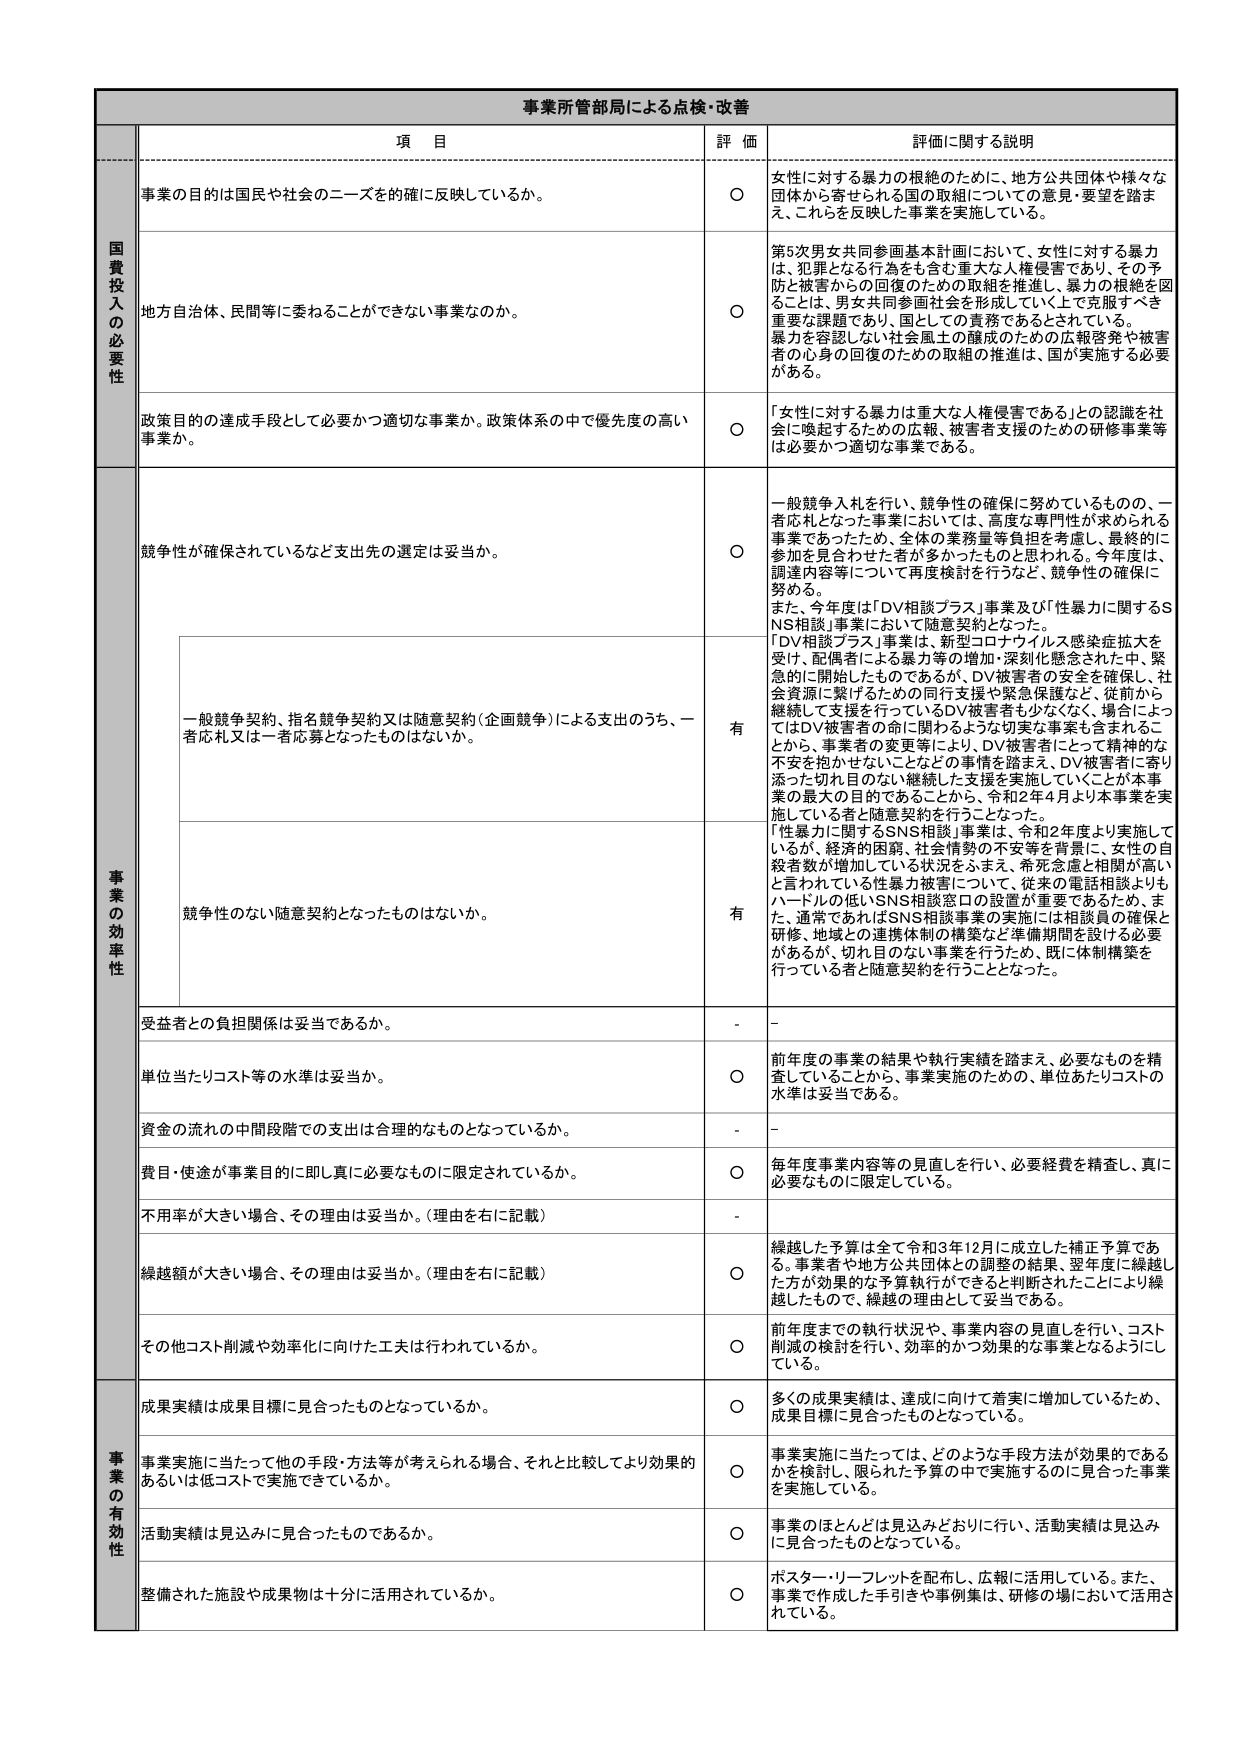
事業所管部局による点検・改善

項 目 評 価 評価に関する説明

国費投入の必要性
事業の目的は国民や社会のニーズを確に反映しているか。
〇 女性に対する暴力の根絶のために、地方公共団体や様々な団体から寄せられる国の取組についての意見・要望を踏まえ、これらを反映した事業を実施している。

地方自治体、民間等に委ねることができない事業なのか。
〇 第5次男女共同参画基本計画において、女性に対する暴力は、犯罪となる行為をも含む重大な人権侵害であり、その予防と被害からの回復のための取組を推進し、暴力の根絶を図ることは、男女共同参画社会を形成していく上で克服すべき重要な課題であり、国としての責務であるとされている。暴力を容認しない社会風土の醸成のための広報啓発や被害者の心身の回復のための取組の推進は、国が実施する必要がある。

政策目的の達成手段として必要かつ適切な事業か。政策体系の中で優先度の高い事業か。
〇 「女性に対する暴力は重大な人権侵害である」との認識を社会に喚起するための広報、被害者支援のための研修事業等は必要かつ適切な事業である。

事業の効率性
競争性が確保されているなど支出先の選定は妥当か。
〇 一般競争入札を行い、競争性の確保に努めているものの、一者応札となった事業においては、高度な専門性が求められる事業であったため、全体の業務量等負担を考慮し、最終的に参加を具合わせた者が多かったものと思われる。今年度は、調達内容等について再度検討を行うなど、競争性の確保に努める。
また、今年度は「DV相談プラス」事業及び「性暴力に関するSNS相談」事業において随意契約となった。
「DV相談プラス」事業は、新型コロナウイルス感染症拡大を受け、配偶者による暴力等の増加・深刻化懸念された中、緊急的に開始したものであるが、DV被害者の安全を確保し、社会資源に繋げるための同行支援や緊急保護など、従前から継続して支援を行っているDV被害者も少なくなく、場合によってはDV被害者の命に関わるような切実な事案も含まれることから、事業者の変更等により、DV被害者にとって精神的な不安を抱かせないことなどの事情を踏まえ、DV被害者に寄り添った切れ目のない継続した支援を実施していくことが本事業の最大の目的であることから、令和2年4月より本事業を実施している者と随意契約を行うこととなった。
「性暴力に関するSNS相談」事業は、令和2年度より実施しているが、経済的困窮、社会情勢の不安等を背景に、女性の自殺者数が増加している状況をふまえ、希死念慮と相関が高いと言われている性暴力被害について、従来の電話相談よりもハードルの低いSNS相談窓口の設置が重要であるため、また、通常であればSNS相談事業の実施には相談員の確保と研修、地域との連携体制の構築など準備期間を設ける必要があるが、切れ目のない事業を行うため、既に体制構築を行っている者と随意契約を行うこととなった。

一般競争契約、指名競争契約又は随意契約（企画競争）による支出のうち、一者応札又は一者応募となったものはないか。
有

競争性のない随意契約となったものはないか。
有

受益者との負担関係は妥当であるか。
- -

単位当たりコスト等の水準は妥当か。
〇 前年度の事業の結果や執行実績を踏まえ、必要なものを精査していることから、事業実施のための、単位あたりコストの水準は妥当である。

資金の流れの中間段階での支出は合理的なものとなっているか。
- -

費目・使途が事業目的に即し真に必要なものに限定されているか。
〇 毎年度事業内容等の見直しを行い、必要経費を精査し、真に必要なものに限定している。

不用率が大きい場合、その理由は妥当か。（理由を右に記載）
- -

繰越額が大きい場合、その理由は妥当か。（理由を右に記載）
〇 繰越した予算は全て令和3年12月に成立した補正予算である。事業者や地方公共団体との調整の結果、翌年度に繰越した方が効果的な予算執行ができると判断されたことにより繰越したもので、繰越の理由として妥当である。

その他コスト削減や効率化に向けた工夫は行われているか。
〇 前年度までの執行状況や、事業内容の見直しを行い、コスト削減の検討を行い、効率的かつ効果的な事業となるようにしている。

事業の有効性
成果実績は成果目標に見合ったものとなっているか。
〇 多くの成果実績は、達成に向けて着実に増加しているため、成果目標に見合ったものとなっている。

事業実施に当たって他の手段・方法等が考えられる場合、それと比較してより効果的あるいは低コストで実施できているか。
〇 事業実施に当たっては、どのような手段方法が効果的であるかを検討し、限られた予算の中で実施するのに見合った事業を実施している。

活動実績は見込みに見合ったものであるか。
〇 事業のほとんどは見込みどおりに行い、活動実績は見込みに見合ったものとなっている。

整備された施設や成果物は十分に活用されているか。
〇 ポスターリーフレットを配布し、広報に活用している。また、事業で作成した手引きや事例集は、研修の場において活用されている。